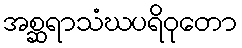
အစ္ဆရာသံဃပရိဝုတော